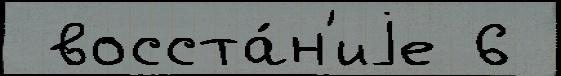
 восста́н'иjе 6